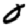
Digit: 0